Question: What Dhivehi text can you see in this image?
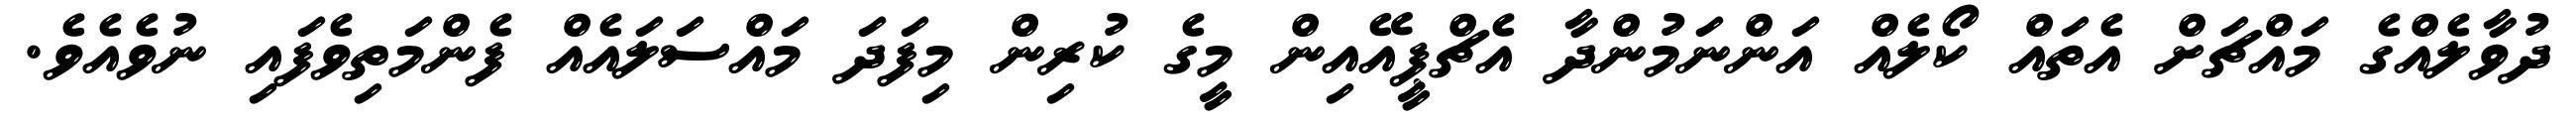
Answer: ދުވާލެއްގެ މައްޗަށް އެތައް ކޯލެއް އަންނަމުންދާ އެޗްޕީއޭއިން މީގެ ކުރިން މިފަދަ މައްސަލައެއް ފެންމަތިވެފައި ނުވެއެވެ.